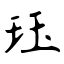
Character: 珏